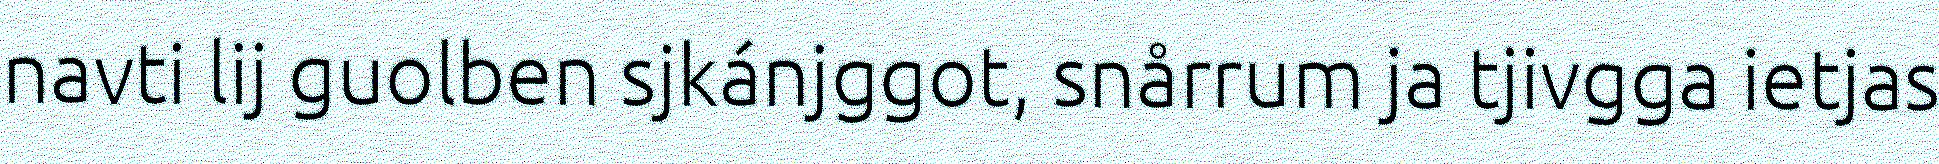
navti lij guolben sjkánjggot, snårrum ja tjivgga ietjas